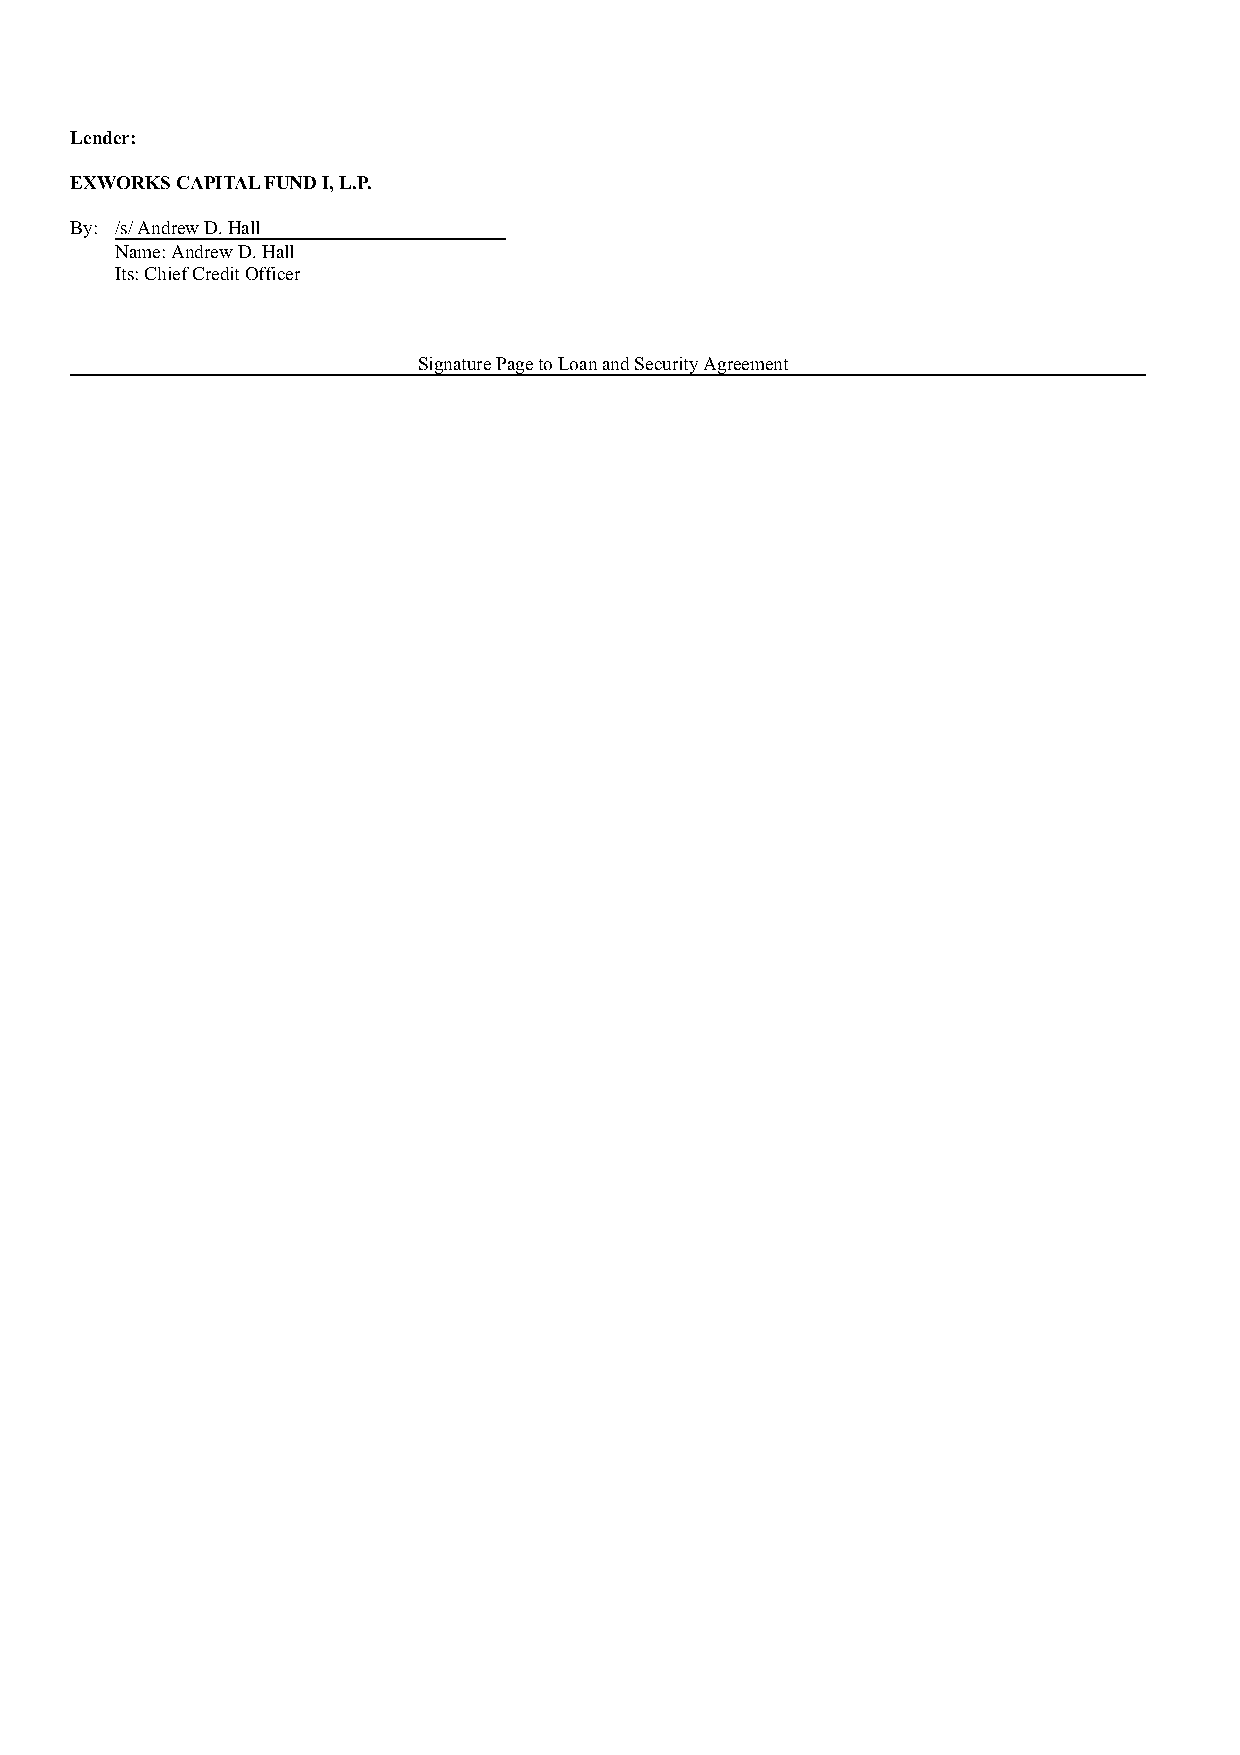
Lender:
 EXWORKS CAPITAL FUND I, L.P.
 By: /s/ Andrew D. Hall
 Name: Andrew D. Hall
 Its: Chief Credit Officer
 Signature Page to Loan and Security Agreement